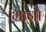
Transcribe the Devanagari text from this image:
भानौ